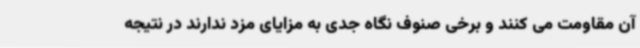
آن مقاومت می کنند و برخی صنوف نگاه جدی به مزایای مزد ندارند در نتیجه